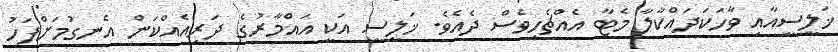
ޚަލީސީއާއި ވާހަކަދައްކާލާ މެޓާ އެއްޗެހިވެސް ދެއެވެ. ޚަލީސީ އަކީ އައްމާރުގެ ދަރިއެއްކަން އެނގުމަށްފަހު